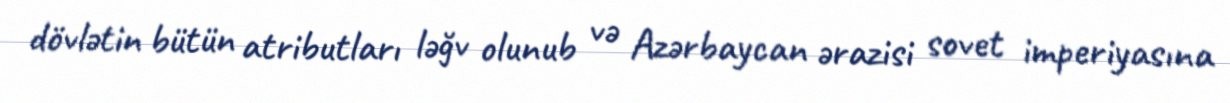
dövlətin bütün atributları ləğv olunub və Azərbaycan ərazisi sovet imperiyasına